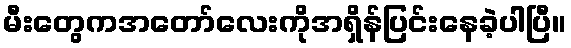
မီးတွေကအတော်လေးကိုအရှိန်ပြင်းနေခဲ့ပါပြီ။